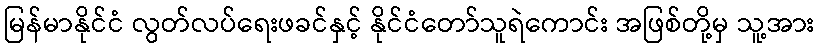
မြန်မာနိုင်ငံ လွတ်လပ်ရေးဖခင်နှင့် နိုင်ငံတော်သူရဲကောင်း အဖြစ်တို့မှ သူ့အား